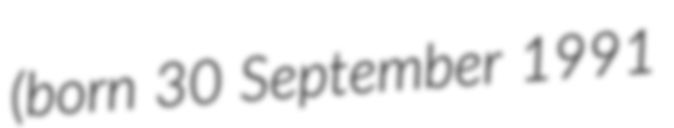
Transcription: (born 30 September 1991